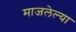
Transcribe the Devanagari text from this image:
माजलेल्या